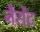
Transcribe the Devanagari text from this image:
नैसेंट